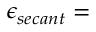
\epsilon _ { s e c a n t } =